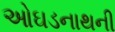
ઓઘડનાથની